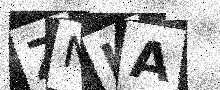
Text: ZNLA